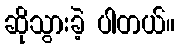
ဆိုသွားခဲ့ ပါတယ်။